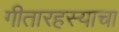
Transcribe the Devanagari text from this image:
गीतारहस्याचा